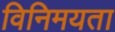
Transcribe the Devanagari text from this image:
विनिमयता